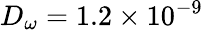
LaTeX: D_{\omega}=1.2\times 10^{-9}